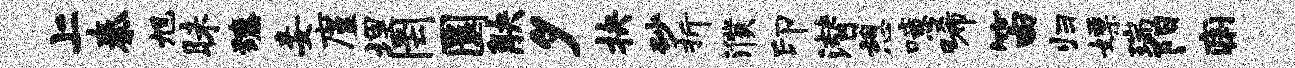
上秦旭昧臻妾廑埋罔圜觖夕抉砂折濮印潜憩噫唏笛归嫖瑞阳痢